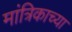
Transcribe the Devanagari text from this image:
मांत्रिकाच्या